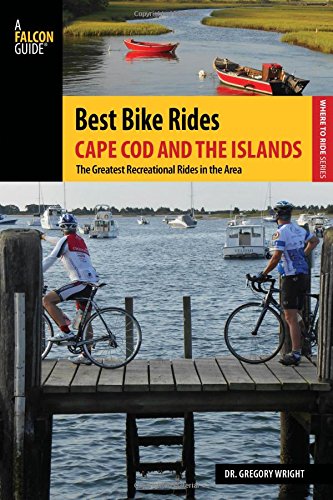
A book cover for Best Bike Rides Cape Cod and the Islands: The Greatest Recreational Rides in the Area (Best Bike Rides Series); Gregory Wright; Travel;